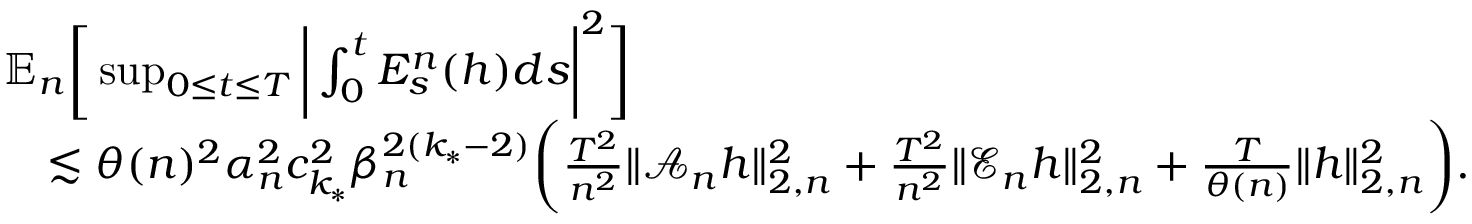
\begin{array} { r l } & { \mathbb { E } _ { n } \bigg [ \operatorname* { s u p } _ { 0 \le t \le T } \bigg | \int _ { 0 } ^ { t } E _ { s } ^ { n } ( h ) d s \bigg | ^ { 2 } \bigg ] } \\ & { \quad \lesssim \theta ( n ) ^ { 2 } \alpha _ { n } ^ { 2 } c _ { k _ { * } } ^ { 2 } \beta _ { n } ^ { 2 ( k _ { * } - 2 ) } \bigg ( \frac { T ^ { 2 } } { n ^ { 2 } } \| \mathscr { A } _ { n } h \| _ { 2 , n } ^ { 2 } + \frac { T ^ { 2 } } { n ^ { 2 } } \| \mathscr { E } _ { n } h \| _ { 2 , n } ^ { 2 } + \frac { T } { \theta ( n ) } \| h \| _ { 2 , n } ^ { 2 } \bigg ) . } \end{array}